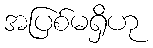
အပြစ်မရှိဟု